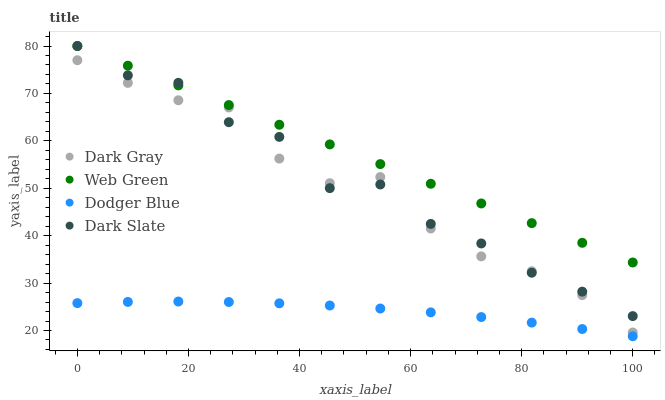
| xaxis_label | Dark Gray | Web Green | Dodger Blue | Dark Slate |
 | --- | --- | --- | --- | --- |
 | 0 | 77 | 80 | 25.8 | 80 |
 | 9.09 | 72.2 | 75.8 | 26 | 73.8 |
 | 18.2 | 68.6 | 71.7 | 26.1 | 72.2 |
 | 27.3 | 67 | 67.5 | 26 | 63.9 |
 | 36.4 | 56.3 | 63.4 | 25.7 | 60.8 |
 | 45.5 | 51.1 | 59.2 | 25.3 | 50 |
 | 54.5 | 52.4 | 55.1 | 24.6 | 50.8 |
 | 63.6 | 41.5 | 50.9 | 23.8 | 42.5 |
 | 72.7 | 35.6 | 46.8 | 22.8 | 38.4 |
 | 81.8 | 32.5 | 42.6 | 21.7 | 32.2 |
 | 90.9 | 27.5 | 38.5 | 20.3 | 28.2 |
 | 100 | 19.6 | 34.3 | 18.8 | 23 |